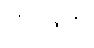
ကာဠကံ